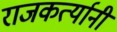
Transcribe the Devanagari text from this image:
राजकर्त्यानी